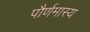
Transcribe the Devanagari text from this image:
पौर्णमास्य